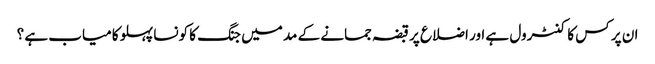
ان پر کس کا کنٹرول ہے اور اضلاع پر قبضہ جمانے کے مد میں جنگ کا کونسا پہلو کامیاب ہے ؟